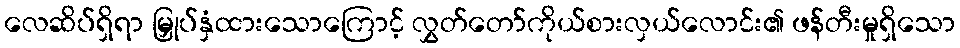
လေဆိပ်ရှိရာ မြှုပ်နှံထားသောကြောင့် လွှတ်တော်ကိုယ်စားလှယ်လောင်း၏ ဖန်တီးမှုရှိသော